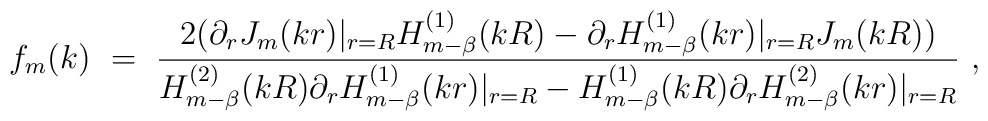
f_m(k)\ =\ \frac{2(\partial_r J_m(kr)|_{r=R}H^{(1)}_{m-\beta}(kR)-\partial_r H^{(1)}_{m-\beta}(kr) |_{r=R} J_m(kR))}{H^{(2)}_{m-\beta}(kR)\partial_r H^{(1)}_{m-\beta}(kr) |_{r=R}-H^{(1)}_{m-\beta}(kR)\partial_r H^{(2)}_{m-\beta}(kr) |_{r=R}}\ ,